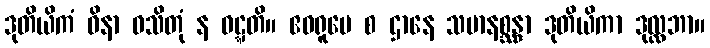
ဒုတိယိကံ ဝိနာ ဝသိတုံ န ဝဋ္ဋတိ။ ဧဝရူပေ စ ဌာနေ သမာနစ္ဆန္ဒာ ဒုတိယိကာ ဒုလ္လဘာ။